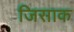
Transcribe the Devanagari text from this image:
जिसाक